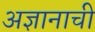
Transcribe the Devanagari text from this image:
अज्ञानाची